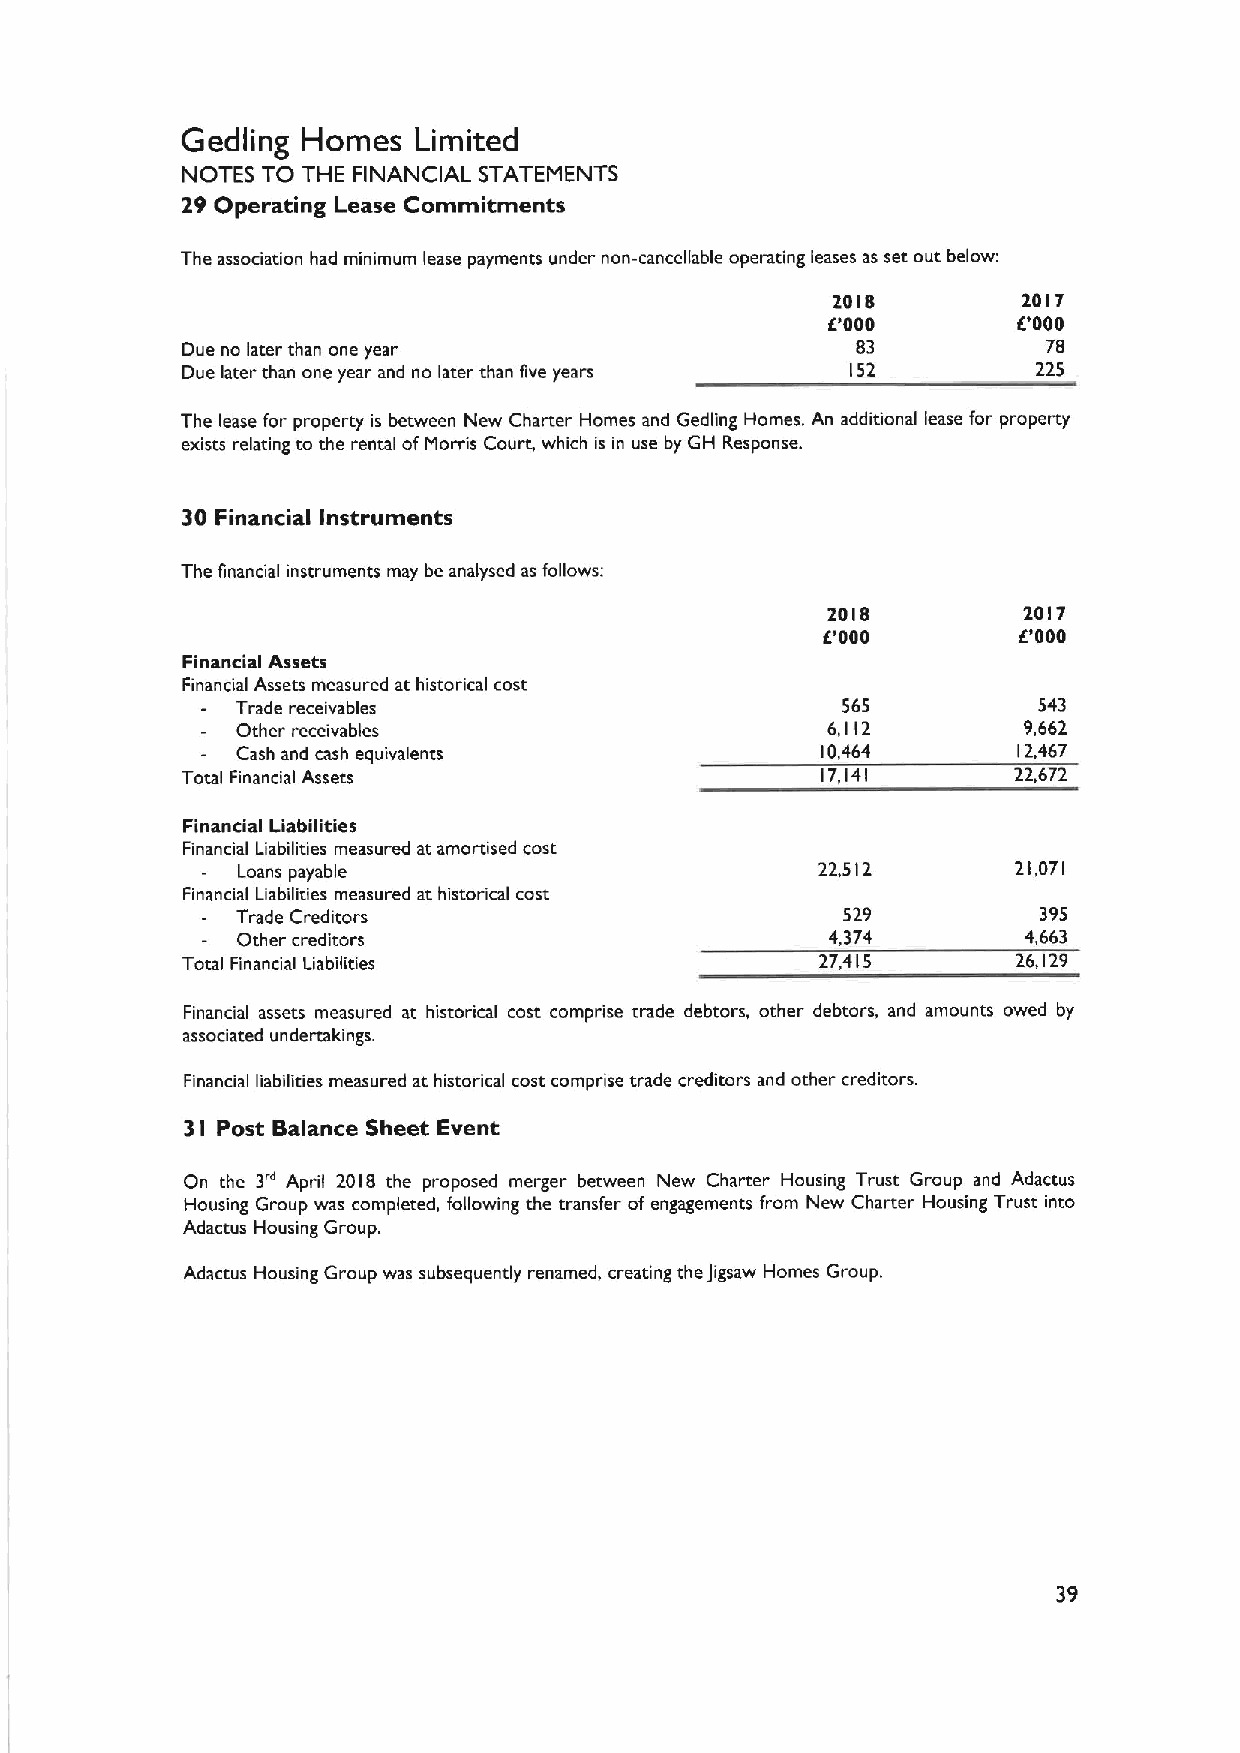
Gedling Homes  Limited
 NOTES TO THE FINANCIAL STATEMENTS
 29 Operating Lease Commitments
 The association had minimum lease payments under non-cancellable operating leases as set out below:
 2018         2017
 6'000       6'000
 Due no later than one year                   83          78
 Due later than one year and no later than five years 152 225
 The lease for property is between New Charter Homes and Gedling Homes. An additional lease for property
 exists relating to the rental ofMorris Court, which is in use by GH Response.
 30 Financial Instruments
 The financial instruments may be analysed as follows:
 2018         2017
 6'000          000
 Financial Assets
 Financial Assets measured at historical cost
 Trade receivables                       565          543
 Other receivables                      6,112        9,662
 Cash and cash equivalents             10,464       12,467
 Total Financial Assets                    17,141       22,672
 Financial Liabilities
 Financial Liabilities measured at amortised cost
 Loans payable                         22,512       21,071
 Financial Liabilities measured at historical cost
 Trade Creditors                         529          395
 Other creditors                        4,374        4,663
 Total Financial Liabilities               27,415       26,129
 Financial assets measured at historical cost comprise trade debtors, other debtors, and amounts owed by
 associated undertakings.
 Financial liabilities measured at historical cost comprise trade creditors and other creditors.
 3 Post Balance Sheet Event
 I
 On the 3u April 2018 the proposed merger between New Charter Housing Trust Group and Adactus
 Housing Group was completed, following the transfer of engagements from New Charter Housing Trust into
 Adactus Housing Group.
 Adactus Housing Group was subsequently renamed, creating the Jigsaw Homes Group.
 39